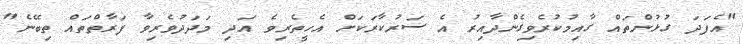
"އެފަދަ ގުޅުންތައް ގާއިމުކުރެވިގެންދާއިރު އެ ސަރުކާރަކަށް އެހީތެރިވެ އަދި މަދަދުވެރިވާ ފަރާތްތައް ތިބޭނެ"